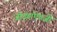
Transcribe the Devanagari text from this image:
जोड्यांऐवजी